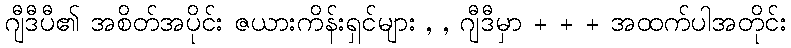
ဂျီဒီပီ၏ အစိတ်အပိုင်း ဇယားကိန်းရှင်များ , , ဂျီဒီမှာ + + + အထက်ပါအတိုင်း